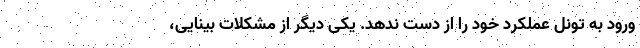
ورود به تونل عملکرد خود را از دست ندهد. یکی دیگر از مشکلات بینایی،